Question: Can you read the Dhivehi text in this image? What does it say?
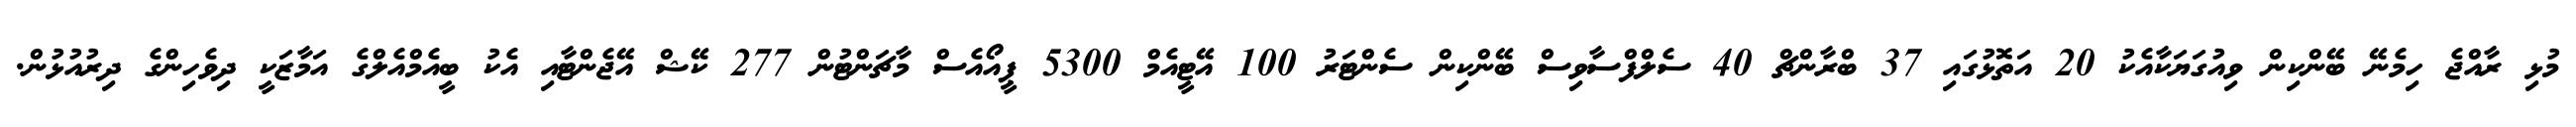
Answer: މުޅި ރާއްޖެ ހިމެނޭ ބޭންކިން ވިއުގަޔަކާއެކު 20 އަތޮޅުގައި 37 ބްރާންޗް 40 ސެލްފްސާވިސް ބޭންކިން ސެންޓަރު 100 އޭޓީއެމް 5300 ޕީއޯއެސް މާޗަންޓުން 277 ކޭޝް އޭޖެންޓާއި އެކު ބީއެމްއެލްގެ އަމާޒަކީ ދިވެހިންގެ ދިރުއުޅުން.